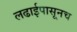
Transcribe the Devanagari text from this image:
लढाईपासूनच